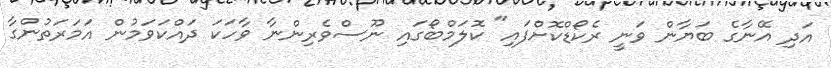
އަދި އޭނާގެ ބަޔާން ވަނީ ރެކޯޑްކޮށްފައި" ކޮލަމްބޯގައި ނޫސްވެރިންނާ ވާހަކަ ދައްކަވަމުން އަމަރަތުންގާ